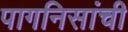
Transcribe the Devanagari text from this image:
पागनिसांची